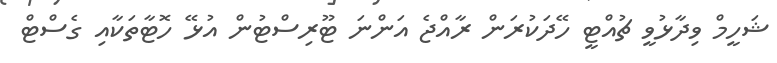
ޝަހީމް ވިދާޅުވީ ޗުއްޓީ ހޭދަކުރަން ރާއްޖެ އަންނަ ޓޫރިސްޓުން އުޅޭ ހޮޓާތަކާއި ގެސްޓް